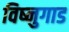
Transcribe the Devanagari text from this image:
विष्नुगाड